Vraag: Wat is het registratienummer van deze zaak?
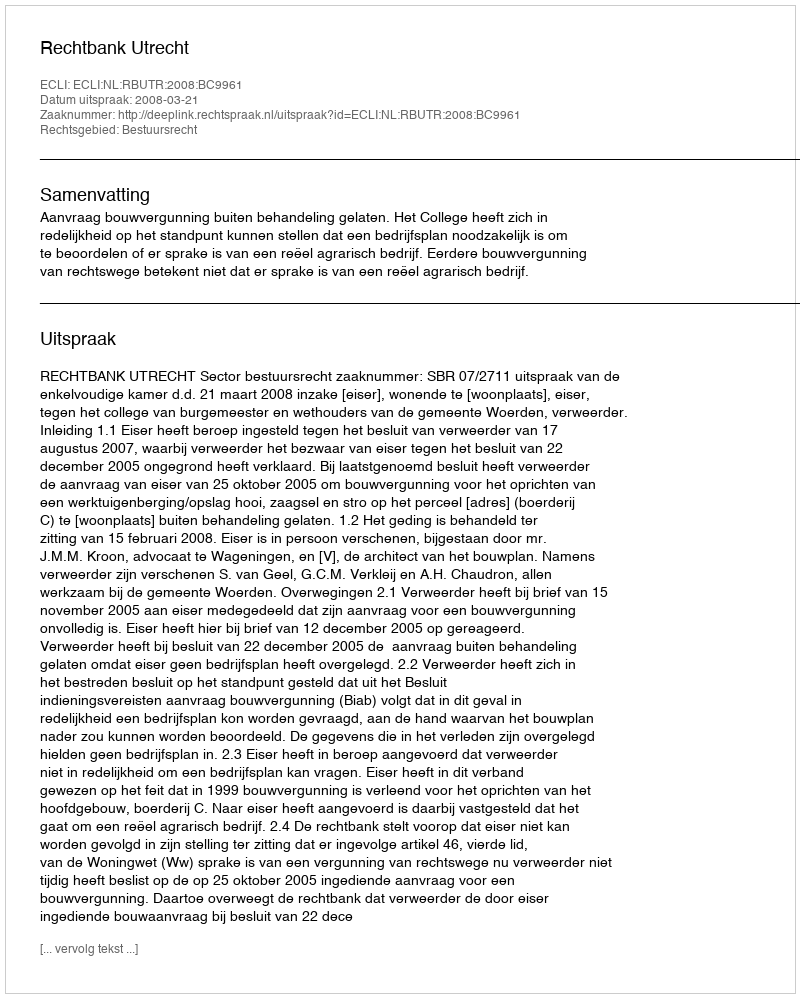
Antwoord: http://deeplink.rechtspraak.nl/uitspraak?id=ECLI:NL:RBUTR:2008:BC9961